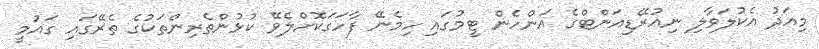
މިއަދު އެކުލަވާލި ނިއުރޭޑިއަންޓްގެ އަންހެން ޓީމުގައި ހިމެނޭ ފާހަގަކޮށްލެވޭ ކުޅުންތެރިންތަކުގެ ތެރޭގައި ގައުމީ